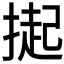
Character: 𭡳